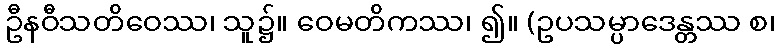
ဦနဝီသတိဝေဿ၊ သူ၌။ ဝေမတိကဿ၊ ၍။ (ဥပသမ္ပာဒေန္တဿ စ၊